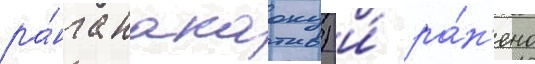
ра́нга накаоку) и́ ра́н'ено